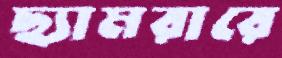
ছ্যামরারে